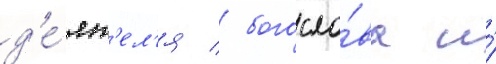
д'е́ят'ел'я / богосло́ва и́